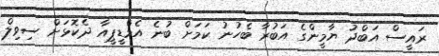
ރައީސް އަބްދު ޔާމީންގެ އަބުރާ ބެހުނު ކަމަށް ބުނެ އެމްޑީޕީއާ ދެކޮޅަށް ސިވިލް